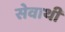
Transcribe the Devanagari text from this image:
सेवाथीं